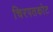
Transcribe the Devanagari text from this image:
चिरपतकोट